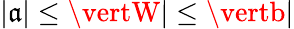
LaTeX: \vert\mathfrak{a}\vert\le\vertW\vert\le\vertb\vert